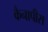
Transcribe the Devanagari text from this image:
कैनापीस